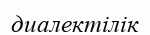
диалектілік